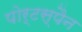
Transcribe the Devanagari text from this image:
पोर्टस्पैन